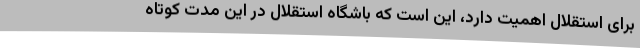
برای استقلال اهمیت دارد، این است که باشگاه استقلال در این مدت کوتاه